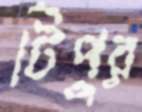
টিপুর